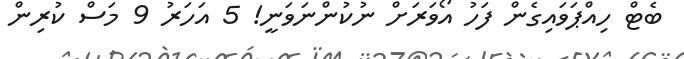
ބެޓް ހިއްޕަވައިގެން ފަހު އޯވަރަށް ނުކުންނަވަނީ! 5 އަހަރު 9 މަސް ކުރިން